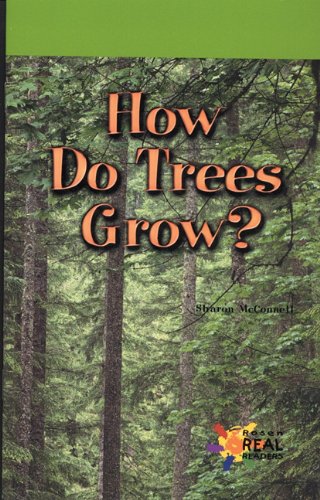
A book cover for How Do Trees Grow?; Sharon McConnell; Children's Books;